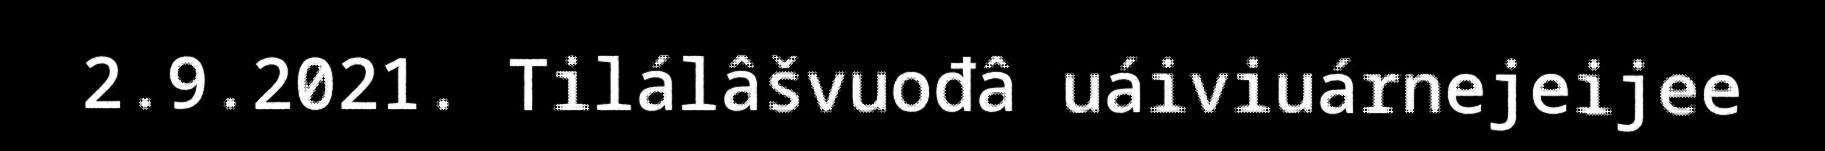
2.9.2021. Tilálâšvuođâ uáiviuárnejeijee